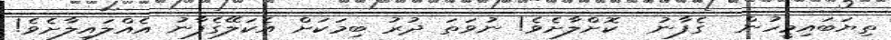
ތިޔަބައިމީހުން  ގެފާނު  ކޮށްލާށެވެ! ނުވަތަ ދުރު ބިމަކަށް އެކަލޭގެފާނު އެއްލައިލާށެވެ!